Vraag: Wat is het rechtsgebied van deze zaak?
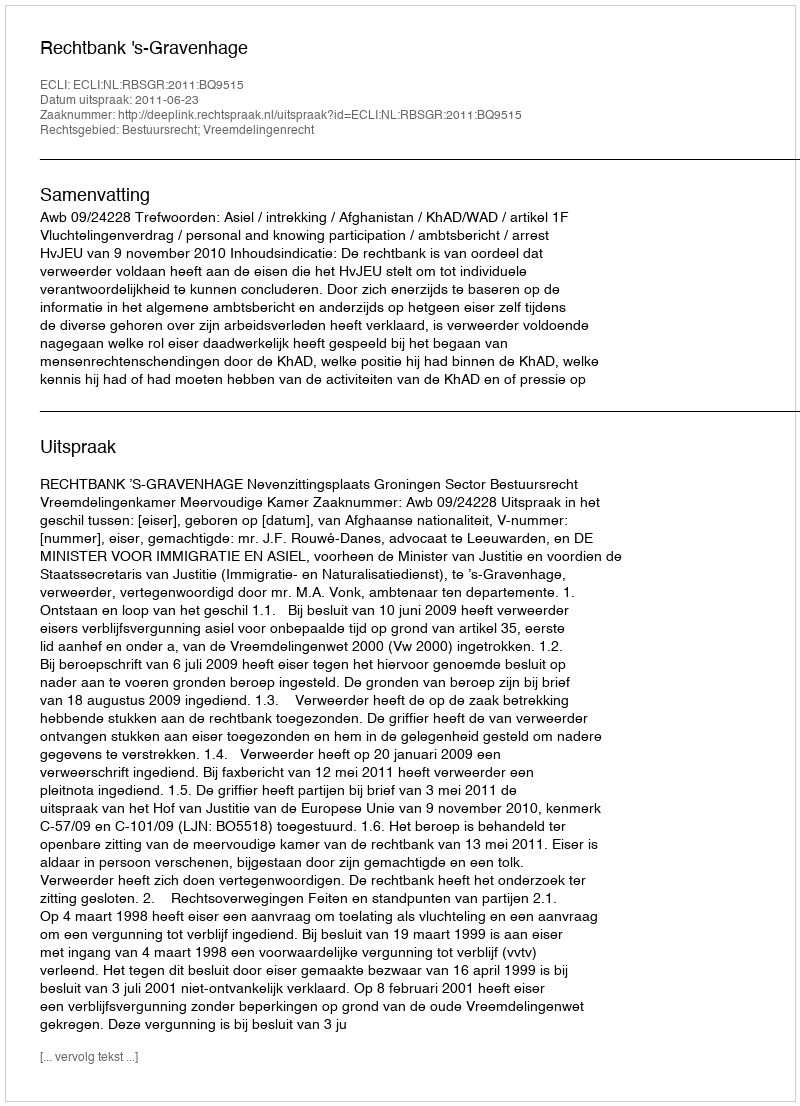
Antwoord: Bestuursrecht; Vreemdelingenrecht